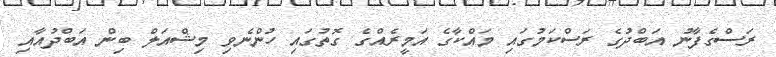
ރަސްގެފާނު އަބްދުގެ ރަސްކަމުގައި މައްކާގެ އަމީރެއްގެ ގޮތުގައި ހުންނެވި މިޝްއަލް ބިން އަބްދުއާއި